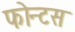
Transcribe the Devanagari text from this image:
फोन्टस